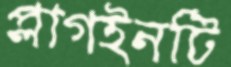
প্লাগইনটি